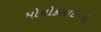
મોનોકસાઈડની